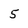
Character: 5